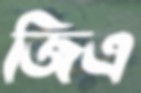
জিএ